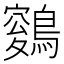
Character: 𪄑